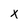
Character: x